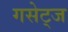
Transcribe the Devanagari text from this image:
गसेट्ज